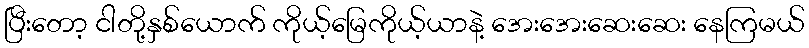
ပြီးတော့ ငါတို့နှစ်ယောက် ကိုယ့်မြေကိုယ့်ယာနဲ့ အေးအေးဆေးဆေး နေကြမယ်